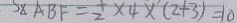
S _ { \Delta A B F } = \frac { 1 } { 2 } \times 4 \times ( 2 + 3 ) = 1 0